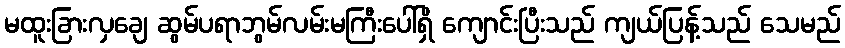
မထူးခြားလှချေ ဆွမ်ပရာဘွမ်လမ်းမကြီးပေါ်ရှိ ကျောင်းပြီးသည် ကျယ်ပြန့်သည် သေမည်